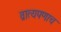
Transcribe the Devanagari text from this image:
व्रात्यपणाच